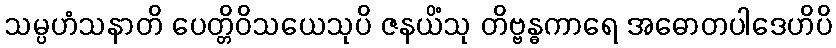
သမ္ပဟံသနာတိ ပေတ္တိဝိသယေသုပိ ဇနယိံသု တိဗ္ဗန္ဓကာရေ အဓောတပါဒေဟိပိ